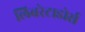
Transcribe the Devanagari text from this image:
लिबरेटाडोर्स